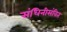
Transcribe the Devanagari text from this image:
संधिनीसंवित